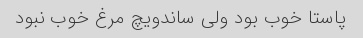
پاستا خوب بود ولی ساندویچ مرغ خوب نبود